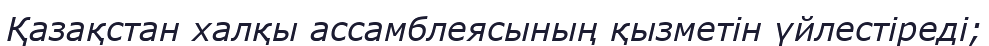
Қазақстан халқы ассамблеясының қызметін үйлестіреді;